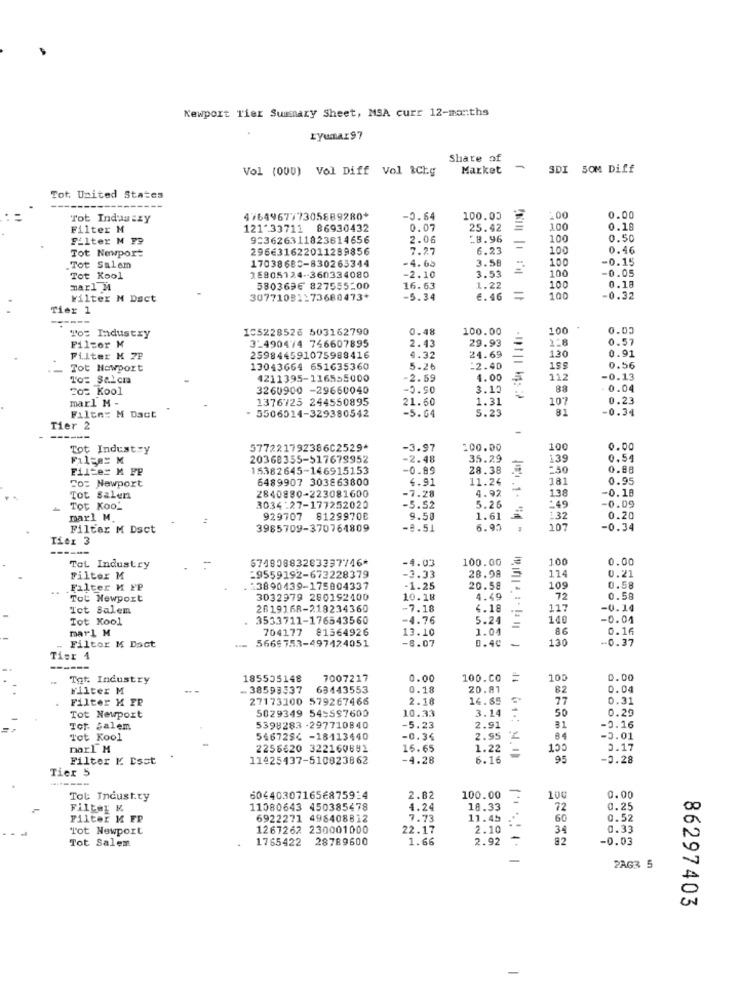
Newport Tier Suisnary Sheet, MSA curr 12-man:ths
ryumar97
Share of
Vol (000) Vol Diff Vol &Chy
Market
-
SDI SOM Diff
Tot. United States
Tot Indas zy
476496777305889280*
-0.64
100.00
.00
0.00
Filter M
121-33711 86930432
0.07
25.42
100
0.18
Filter M PP
923626311823614656
2.06
:8.96
100
0.50
Tot Newport
296631622011289856
7.27
6.23
=
100
0.46
17038685-830265344
-4.65
3.58
100
-0.15
.Tot Salem
-2.10
0.05
Tot Kool
25905124 -- 360334080
3.53
100
marl M
5803696 827555-00
16.63
1.22
100
0.18
Filter M Dact
30771081:73680473*
-5.34
6.46
=
100
-0.32
Tier 1
To: Industry
IC5228526 503162790
0.48
100.00
100
0.05
Filzer M
29.93
0.57
3-490474 746607895
2.43
0.91
Filter K 7P
259844591075988416
4.32
24.69
130
Tot Newport
13043664 651635360
5.26
:2.40
0.56
To= Salcm
4211395-116555000
-2.59
4.00
112
-0.13
202 Kool
3260900 -29660040
-2.90
3.10
88
0.04
marl M -
1376723 244550895
21.60
1.31
107
0.23
5506014-329380542
5.23
81
-0.34
Filte: N Dact
-5.64
Tier 2
----
Tot Industry
57722179238602529*
-3.97
100.00
100
0.00
Filter M
20368355-517678952
-2.48
35.29
139
0,54
Filter M PP
15382645-146915153
-0.89
28.38
=50
0.88
Co= Newport
6489907 303863800
4.91
11.24
181
0.95
2840880-223081600
4.92
-
0.18
Tot Salen
-7.28
138
0.09
Tot Koo_
3034:27-177252020
-5.52
5.26
-49
marl M.
929707 81299708
9.50
1.61
132
0.20
Filter M Dsct
3985709-370764809
-9.51
6.93
107
-0.34
57480883283337746*
-4.03
100.00
100
0.00
TOL Industry
28.98
0.21
Filter M
29559192-673228379
-3.33
114
Falter M PP
23890439-175004337
-1.25
20.58
109
0.58
Tot Newport
3032979 280192400
10.18
4.49
72
0.58
Tot Salem
2619168-219234360
-7.18
4.18
117
-0.14
Tot Kool
3533711-176543560
-4.76
5.24
140
-0.04
mar1 M
704177 81564926
13.10
1.04
86
0.1
5669753-497424051
-8.07
0.40
-
130
-0.37
Filtor M Doct
Tier 1
Tot. Industry
185535148
7007217
0.00
100.CO
11
100
0.00
Filter M
- 38593337
63443553
0.18
20.81
0.04
Filter K FP
27173100 579267466
2.18
14.65
77
0.31
5029349 549597600
10.33
3.14
50
0.29
Tot Newport
Tot. Salem
5398283 -297710840
-5.23
2.91
81
-0.16
Tot Kool
5467294 -18113440
-0.34
2.95
84
-3.01
narl M
2256620 322160692
16.65
1.22
130
2.17
Filter K. Esst
11425437-510823862
-4.28
6.16
95
-0.28
Tier 5
-------
Tot Industry
60440307165€875934
2.82
100.00 :
100
0.00
Filter &
11080643 450385478
4.24
18.33
72
0.25
Filter M FP
6922271 498408812
7.73
11.45
60
0.52
Tot Newport
1267262 230001000
22.17
2.10
34
0.33
1765422
28789600
1.66
2.92
82
-0.03
Tot Salem
-
2AG3 5
86297403
-